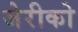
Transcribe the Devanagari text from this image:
जेरीको